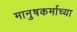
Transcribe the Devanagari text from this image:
मानुषकर्माच्या